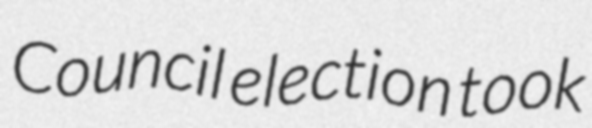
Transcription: Council election took